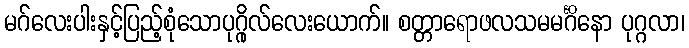
မဂ်လေးပါးနှင့်ပြည့်စုံသောပုဂ္ဂိုလ်လေးယောက်။ စတ္တာရောဖလသမမင်္ဂိနော ပုဂ္ဂလာ၊